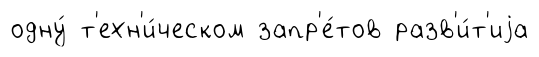
одну́ т'ехн'и́ческом запр'е́тов разв'и́т'иjа